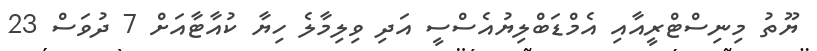
ޔޫތު މިނިސްޓްރީއާއި އެމްޑަބްލިޔުއެސްސީ އަދި ވިލިމާލެ ހިޔާ ކުއާޓާއަށް 7 ދުވަސް 23